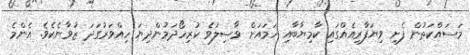
މަސައްކަތުން ފެށި ވިޔަފާރިއެއްގައި ކާމިޔާބާއި ހަމައަށް ވާސިލުވެ ކުރިހޯދަމުންދިޔަ ހިއްވަރުގަދަ ޒުވާނެކެވެ. އެންމެ